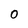
Character: 0